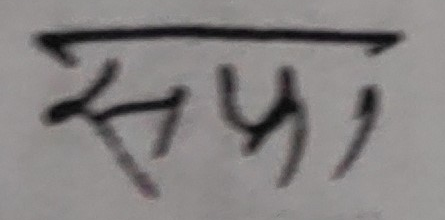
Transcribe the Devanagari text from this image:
सफा